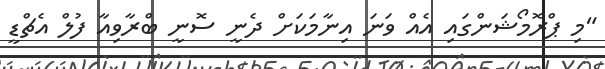
"މި ޕްރޮމޯޝަންގައި އެއް ވަނަ އިނާމަކަށް ދެނީ ސޮނީ ބްރާވިއާ ފުލް އެޗްޑީ